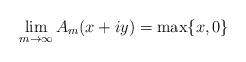
LaTeX: \begin{align*} \lim_{m \to \infty} A_m( x + iy) = \max \{ x, 0 \}\end{align*}